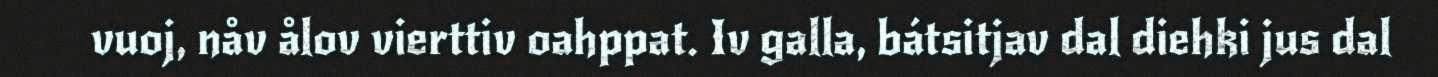
vuoj, nåv ålov vierttiv oahppat. Iv galla, bátsitjav dal diehki jus dal